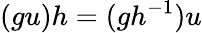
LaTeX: (gu)h=(gh^{-1})u